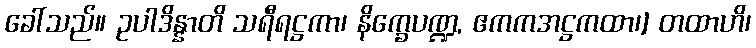
ခေါ်သည်။ ဥပါဒိန္နာတိ သရီရဋ္ဌကာ၊ နိက္ခေပဏ္ဍ, ဧကကအဋ္ဌကထာ၊] တထာဟိ၊